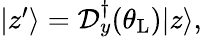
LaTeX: \begin{array}{r}{|z{'}\rangle=\mathcal{D}_{y}^{\dagger}(\theta_{\mathrm{L}})|z\rangle,}\end{array}